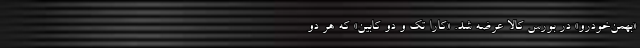
«بهمن‌خودرو» در بورس کالا عرضه شد. «کارا تک و دو کابین» که هر دو